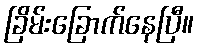
ခြိမ်းခြောက်နေပြီ။